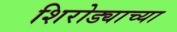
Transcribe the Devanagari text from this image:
शिरोड्याच्या